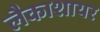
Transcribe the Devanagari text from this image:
लैकाशायर